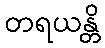
တရယန္တိ